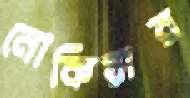
নোকিয়ার